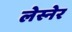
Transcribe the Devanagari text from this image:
लेस्नेर